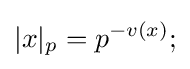
|x|_{p}=p^{-v(x)};